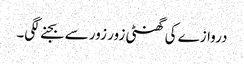
دروازے کی گھنٹی زور زور سے بجنے لگی۔